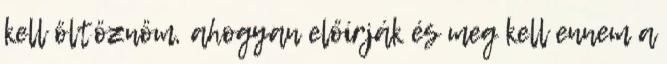
kell öltöznöm, ahogyan előírják és meg kell ennem a